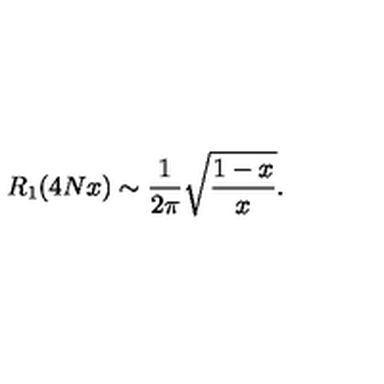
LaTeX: R _ { 1 } ( 4 N x ) \sim \frac { 1 } { 2 \pi } \sqrt { \frac { 1 - x } { x } } .